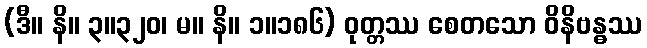
(ဒီ။ နိ။ ၃။၃၂၀၊ မ။ နိ။ ၁။၁၈၆) ဝုတ္တဿ စေတသော ဝိနိဗန္ဓဿ